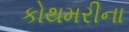
કોથમરીના